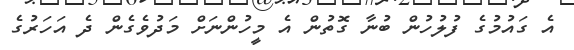
އެ ގައުމުގެ ފުލުހުން ބުނާ ގޮތުން އެ މީހުންނަށް މަދުވެގެން ދެ އަހަރުގެ